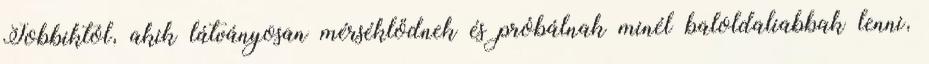
Jobbiktól, akik látványosan mérséklődnek és próbálnak minél baloldaliabbak lenni,